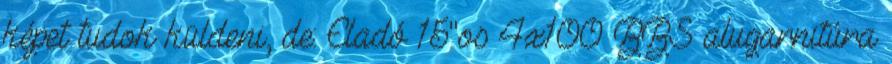
képet tudok küldeni, de: Eladó 15"os 4x100 BBS alugarnitúra